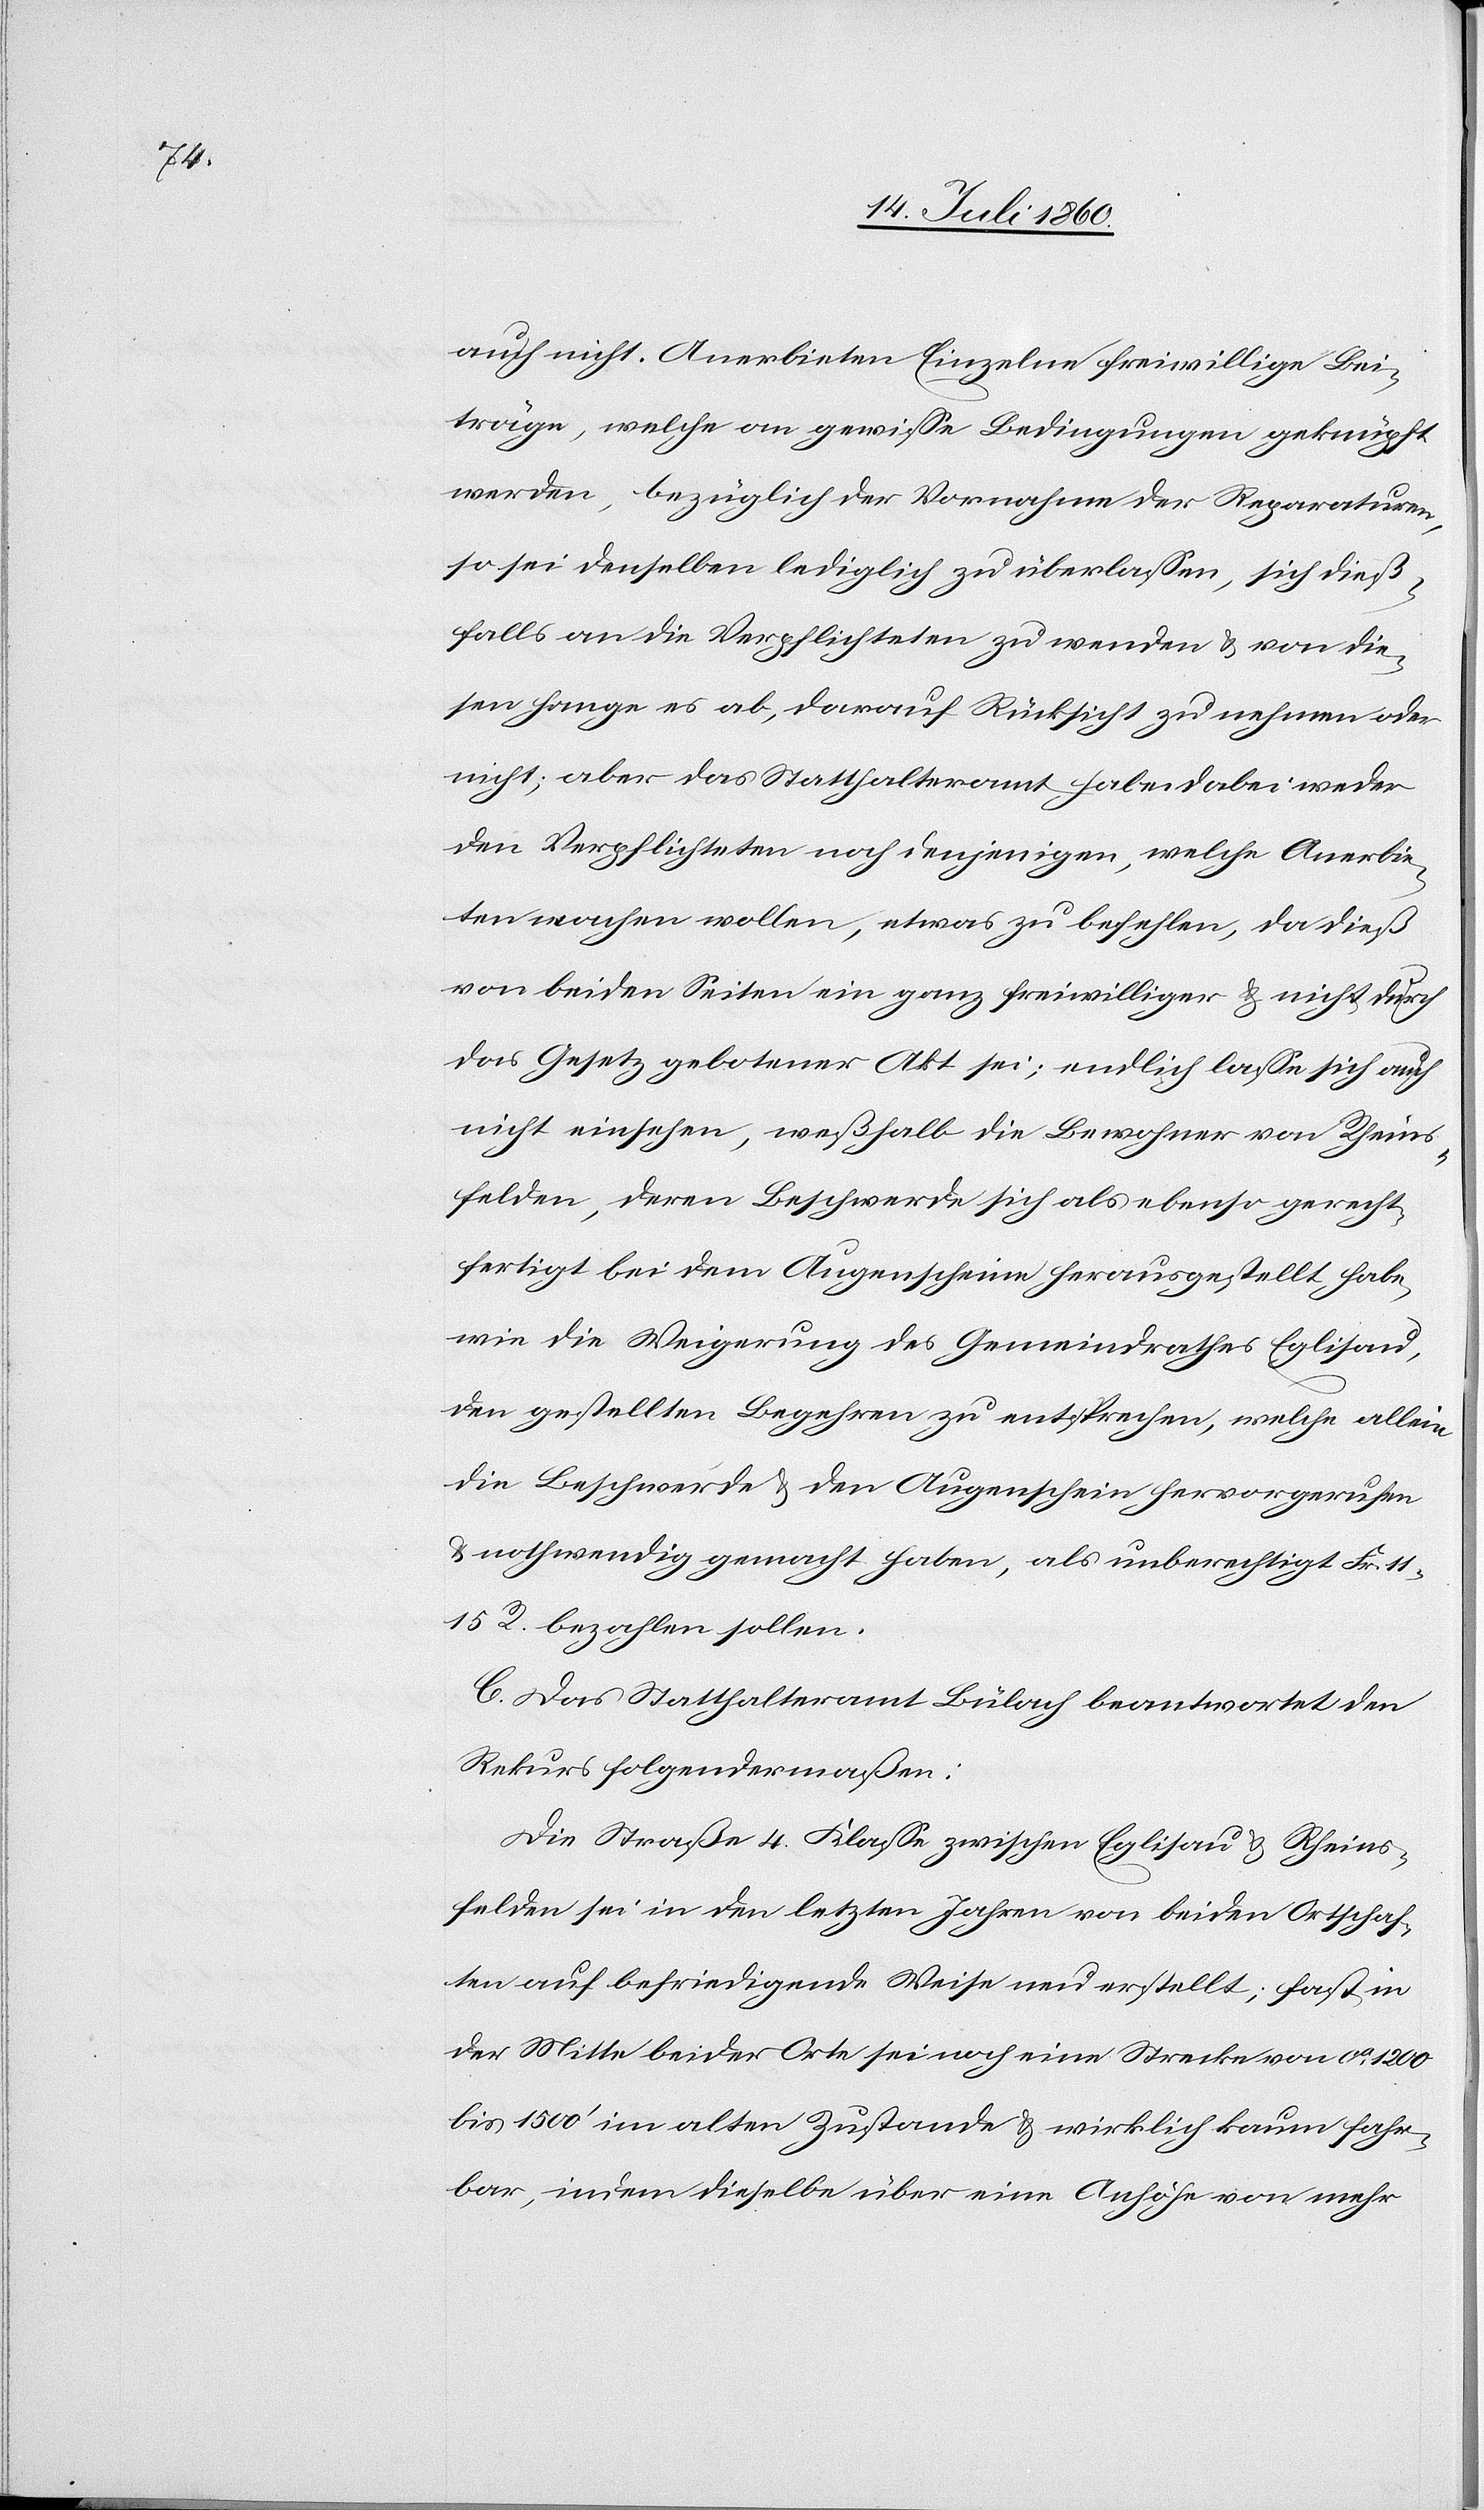
auch nicht. Anerbieten Einzelne freiwillige Bei¬
träge, welche an gewisse Bedingungen geknüpft
werden, bezüglich der Vornahme der Reparaturen,
so sei denselben lediglich zu überlassen, sich dieß¬
falls an die Verpflichteten zu wenden & von die¬
sen hange es ab, darauf Rücksicht zu nehmen oder
nicht; aber das Statthalteramt habe dabei weder
den Verpflichteten noch denjenigen, welche Anerbie¬
ten machen wollen, etwas zu befehlen, da dieß
von beiden Seiten ein ganz freiwilliger & nicht durch
das Gesetz gebotener Akt sei; endlich lasse sich auch
nicht einsehen, weßhalb die Bewohner von Rheins¬
felden, deren Beschwerde sich als ebenso gerecht¬
fertigt bei dem Augenscheine herausgestellt habe,
wie die Weigerung des Gemeindrathes Eglisau,
den gestellten Begehren zu entsprechen, welche allein
die Beschwerde & den Augenschein hervorgerufen
& nothwendig gemacht haben, als unberechtigt Fr. 11.
15 R. bezahlen sollen.
C. Das Statthalteramt Bülach beantwortet den
Rekurs folgendermaßen:
Die Straße 4. Klasse zwischen Eglisau & Rheins¬
felden sei in den letzten Jahren von beiden Ortschaf¬
ten auf befriedigende Weise neu erstellt; fast in
der Mitte beider Orte sei noch eine Strecke von ca. 1200
bis 1500’ im alten Zustande & wirklich kaum fahr¬
bar, indem dieselbe über eine Anhöhe von mehr